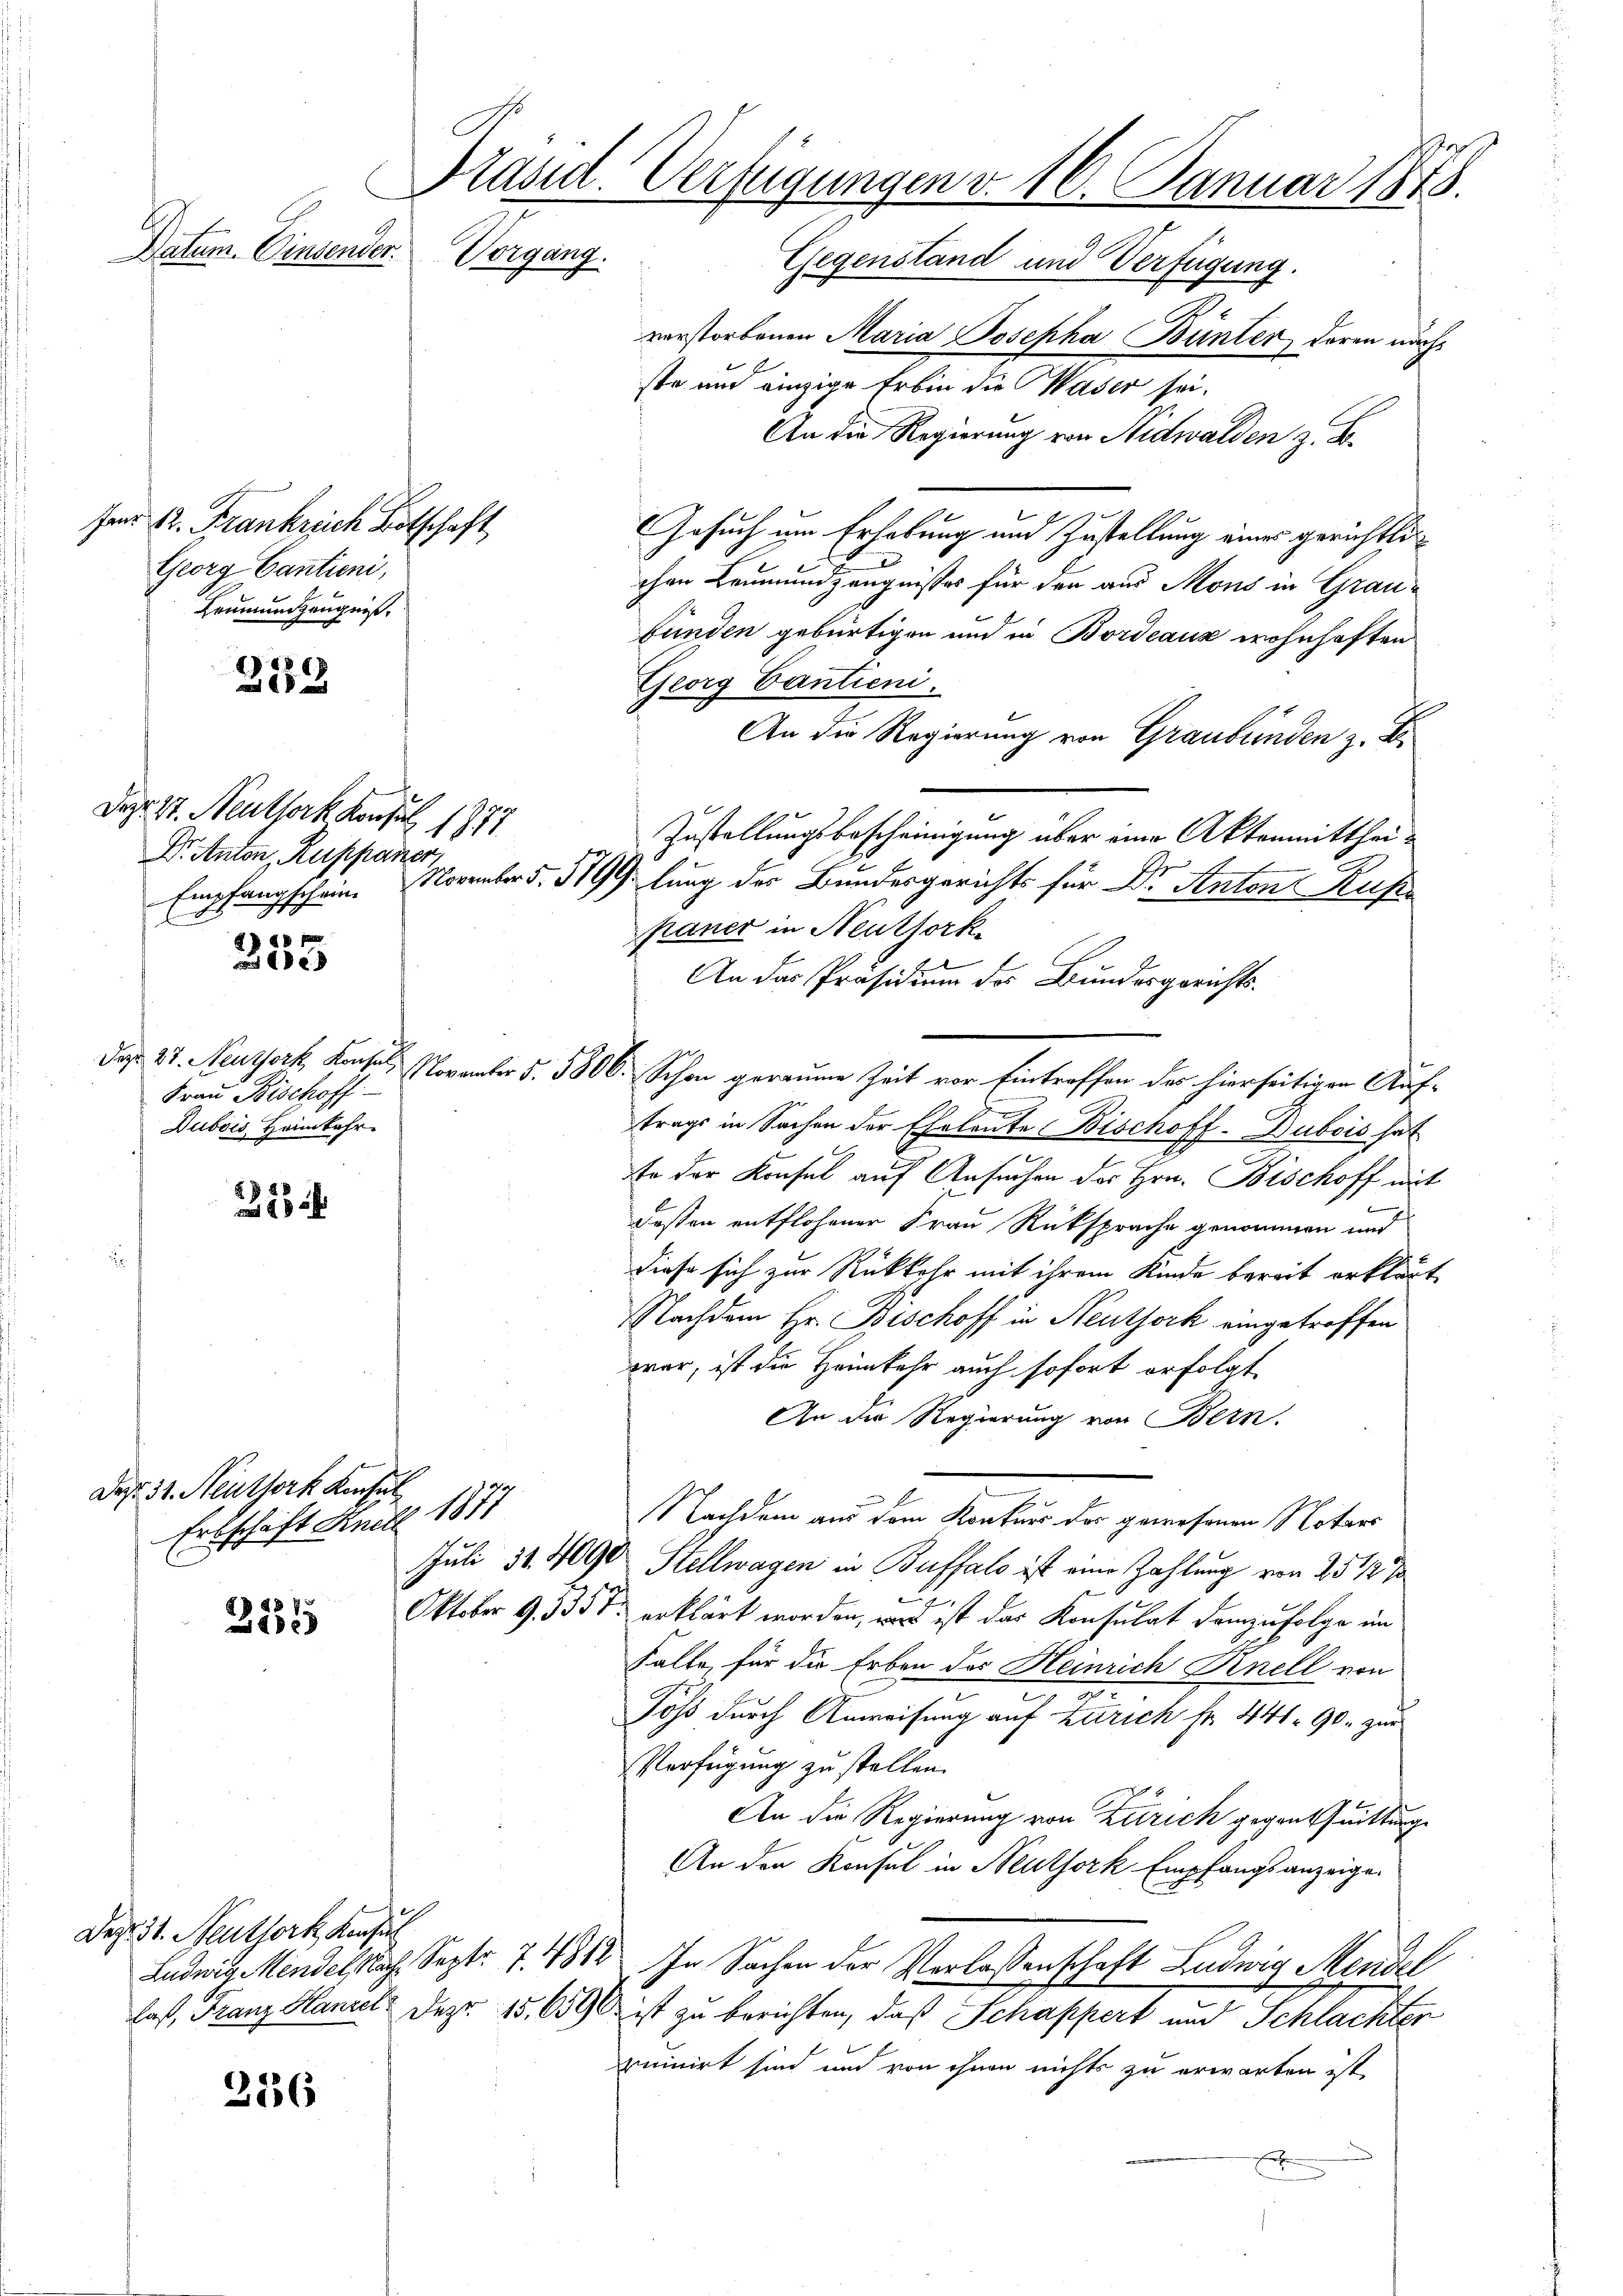
e
Präsid. Verfügungen v. 16. Januar 1875.
Datum. Einsender.
Vorgang.
Gegenstand und Verfügung.

für 12. Frankreich Botschaft
Georg Cantieni,
Leumunzeugnis,

252

Dazo. 27. Neuthork Konsin
111
Dr. Anton, Ruppaner
Empfangschein. November 5.

848
 100

Frau Bischoff
Dubois, Heimkehr

218

2136

Daz. 51. Neuthork Konsul
17
Erbschaft Knill
21515

Dez. 31. Neuthork, Konsul

verstorbenen Maria Josepha Bünter deren nach
t
ste und einzige Erbin die Waser sei.
An die Regierung von Nidwalden z. B.
Gesuch um Erhebung und Zustellung eines gerichtli
chen Leumundszeugnisses für den aus Mons in Graubunden gebürtigen und in Bordeaux wohnhaften
Georg Cantieni.
An die Regierung von Graubünden z. Z
Zustellungsbescheinigung über eine Aktenmitthei¬
1799. lung der Bundesgerichts für Dr. Anton Ruhe
paner in Neuthork
An das Präsidium des Bundesgerichts-
daß. 25. Neuthork, Kons. November §. 5806. Schon geraume Zeit vor Eintreffen des hierseitigen Auf¬
D
trags in Sachen der Eheleute Bischoff-Dubois hat
Er der Konsul auf Ansuchen des Hrn. Bischoff mit
deßen entflohener Frau Rücksprache genommen und
diese sich zur Rückkehr mit ihrem Kinde bereit erklärt
Nachdem Hr. Bischoff in Neuthork eingetroffen
war, ist die Heimkehr auch sofort erfolgt.
An die Regierung von Bern.
Nachdem aus dem Konkurs des gewesenen Notars
Juli 31. 4000 Stellwagen in Buffalo ist eine Zahlung von 25 1/2 %
.
Oktober 9. 1357 erklärt worden, was ist das Konsulat demzufolge im
Falle, für die Erben des Heinrich Knell von
Joss durch Anweisung auf Zürich fr. 441. 90. zur
Verfügung zu stellen.
An die Regierung von Zürich gegentuittung
An den Konsul in Neuthork Empfangsanzeige
Ludwig Mendelsah. Sept. 7. 481. In Sachen der Verlassenschaft Ludwig Mendel
.
las, Franz Haniel. Dez. 15,6590 ist zu berichten, daß Schappert und Schlachter
ruinirt sind und von ihnen nichts zu erwarten ist,